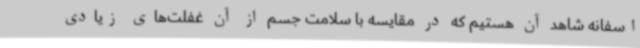
اسفانه شاهد آن هستیم که در مقایسه با سلامت جسم از آن غفلت‌های زیادی